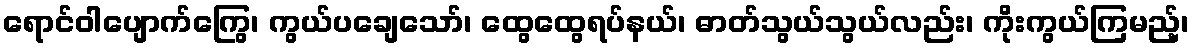
ရောင်ဝါပျောက်ကြွေ၊ ကွယ်ပချေသော်၊ ထွေထွေရပ်နယ်၊ ဓာတ်သွယ်သွယ်လည်း၊ ကိုးကွယ်ကြမည့်၊